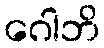
ဂေါဘိ